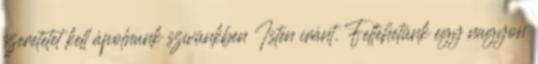
szeretetet kell ápolnunk szívünkben Isten iránt. Feltehetünk egy nagyon